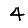
Digit: 4